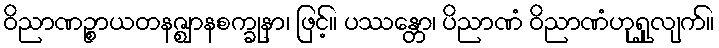
ဝိညာဏဉ္စာယတနဇ္ဈာနစက္ခုနာ၊ ဖြင့်။ ပဿန္တော၊ ပိညာဏံ ဝိညာဏံဟုရှုလျက်။